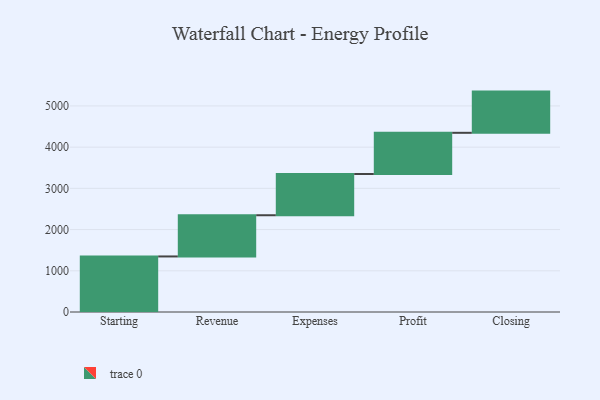
{"axis": {"x": "Step", "y": "Value"}, "legend": [""], "data": [{"x": "Starting", "y": 1348.0, "type": ""}, {"x": "Revenue", "y": 1000, "type": ""}, {"x": "Expenses", "y": 1000, "type": ""}, {"x": "Profit", "y": 1000, "type": ""}, {"x": "Closing", "y": 1000, "type": ""}]}